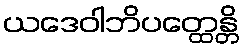
ယဒေဝါဘိပတ္ထေန္တိ